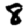
Digit: 8